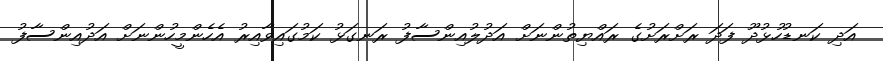
އަދި ކަނޑުހުޅުދޫ ފަދަ ރަށްރަށުގެ ރައްޔިތުންނަށް އަދުލުއިންސާފު ރަނގަޅު ކަމުގައިވާއިރު އެހެންމީހުންނަށް އަދުއިންސާފު